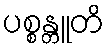
ပစ္စန္တူတိ